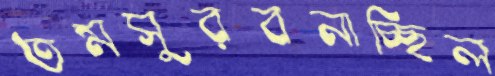
তমসুরবনাচ্ছিল